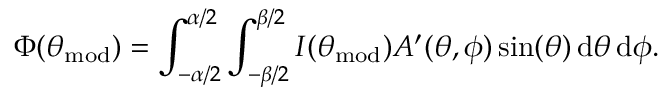
\Phi ( \theta _ { \mathrm { m o d } } ) = \int _ { - \alpha / 2 } ^ { \alpha / 2 } \int _ { - \beta / 2 } ^ { \beta / 2 } I ( \theta _ { \mathrm { m o d } } ) A ^ { \prime } ( \theta , \phi ) \sin ( \theta ) \, \mathrm { d } \theta \, \mathrm { d } \phi .